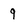
Character: 9